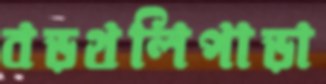
বড়থলিপাড়া